Calcutta medical institutions reports 1871-78
Year: 1871
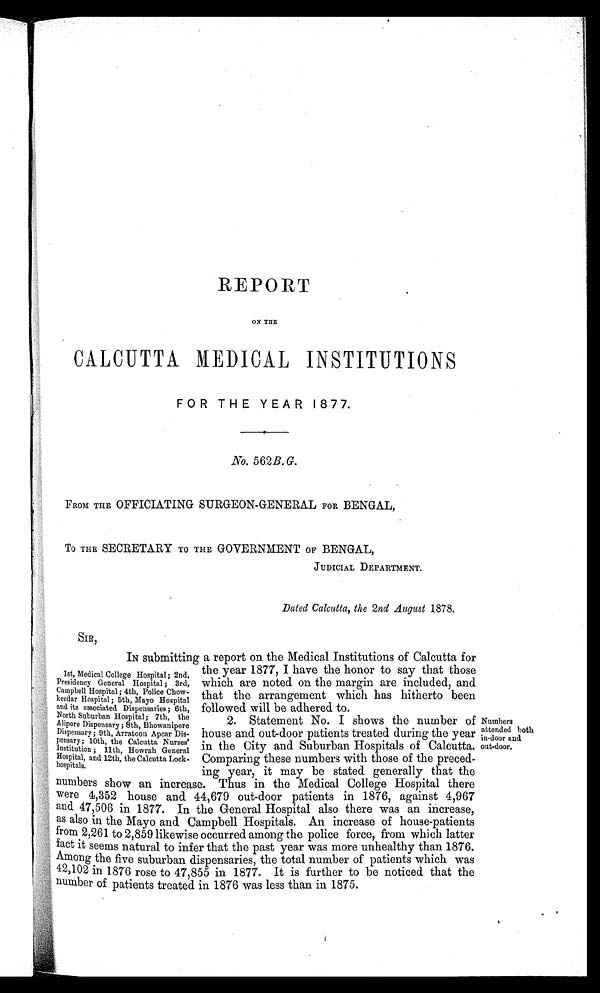
REPORT
ON THE
CALCUTTA MEDICAL INSTITUTIONS
FOR THE YEAR 1877.
No. 562 B. G.
FROM THE OFFICIATING SURGEON-GENERAL FOR BENGAL,
To THE SECRETARY TO THE GOVERNMENT OFF BENGAL,
JUDICIAL DEPARTMENT.
Dated Calcutta, the 2nd August 1878.
1st, Medical College Hospital ; 2nd,
Campbell Hospital; 4th, Police Chow-
keedar Hospital ; 5th, Mayo Hospital
and its associated Dispensaries ; 6th,
North Suburban Hospital; 7th, the
Alipore Dispensary ; 8th, Bhowanipore
Dispensary ; 9th, Arratoon Apcar Dis-
pensary ; 10th, the Calcutta Nurses'
Institution ; 11th, Howrah General
Hospital, and 12th, the Calcutta Lock-
hospitals,
SIR,
IN submitting a report on the Medical Institutions of Calcutta for
the year 1877, I have the honor to say that those
which are noted on the margin are included, and
that the arrangement which has hitherto
been
follower will be adhered. to.
2. Statement No. I shows the number of
house and out-door patients treated during the year
p
in the City and Suburban Hospitals of Calcutta.
Institution
Comparing these numbers with those of the precede-
ing year, it may be stated generally that the
numbers show an increase. Thus in the Medical College Hospital there
were 4,352 house and 44,679 out-door patients in 1876, against 4,967
and 47,506 in 1877. In the General Hospital also there was an increase,
as also in the Mayo and Campbell Hospitals. An increase of house-patients
from 2,261 to 2,859 likewise occurred among the police force, from which latter
fact it seems natural to infer that the past year was more unhealthy than 1876.
Among the five suburban dispensaries, the total number of patients which was
42,102 in 1876 rose to 47,855 in 1877. It is further to be noticed that the
number of patients treated in 1876 was less than in 1875.
Numbers
attended both
in-door and
out-door.